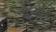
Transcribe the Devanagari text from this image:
केभाई